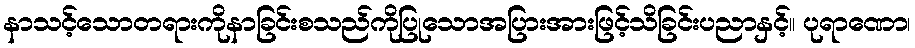
နာသင့်သောတရားကိုနာခြင်းစသည်ကိုပြုသောအပြားအားဖြင့်သိခြင်းပညာနှင့်။ ပုရာဏော၊